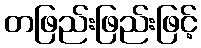
တဖြည်းဖြည်းဖြင့်